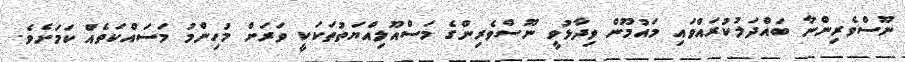
ނޫސްވެރިންނާ ބައްދަލުކުރައްވައި މައުމޫން ވިދާޅުވީ ނޫސްވެރިންގެ މަސްއޫލިއްޔަތުތަކަކީ ވަރަށް މުހިންމު މަސައްކަތެއް ކަމަށެވެ.